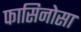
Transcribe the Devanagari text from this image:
फासिनोसा